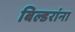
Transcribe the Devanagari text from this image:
बिल्डरांना